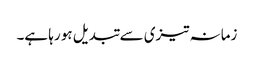
زمانہ تیزی سے تبدیل ہو رہا ہے۔